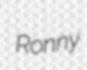
Ronny